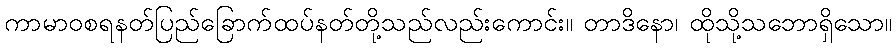
ကာမာဝစရနတ်ပြည်ခြောက်ထပ်နတ်တို့သည်လည်းကောင်း။ တာဒိနော၊ ထိုသို့သဘောရှိသော။